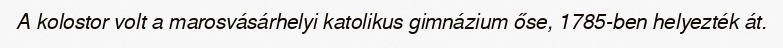
A kolostor volt a marosvásárhelyi katolikus gimnázium őse, 1785-ben helyezték át.